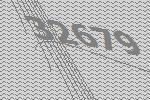
32679